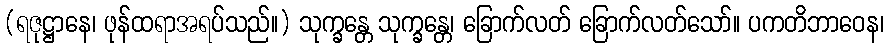
(ရဇုဋ္ဌာနေ၊ ဖုန်ထရာအရပ်သည်။) သုက္ခန္တေ သုက္ခန္တေ၊ ခြောက်လတ် ခြောက်လတ်သော်။ ပကတိဘာဝေန၊